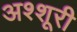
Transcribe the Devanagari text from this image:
अश्शूरी